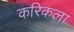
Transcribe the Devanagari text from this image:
करिकला